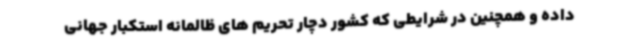
داده و همچنین در شرایطی که کشور دچار تحریم های ظالمانه استکبار جهانی